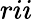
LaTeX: rii